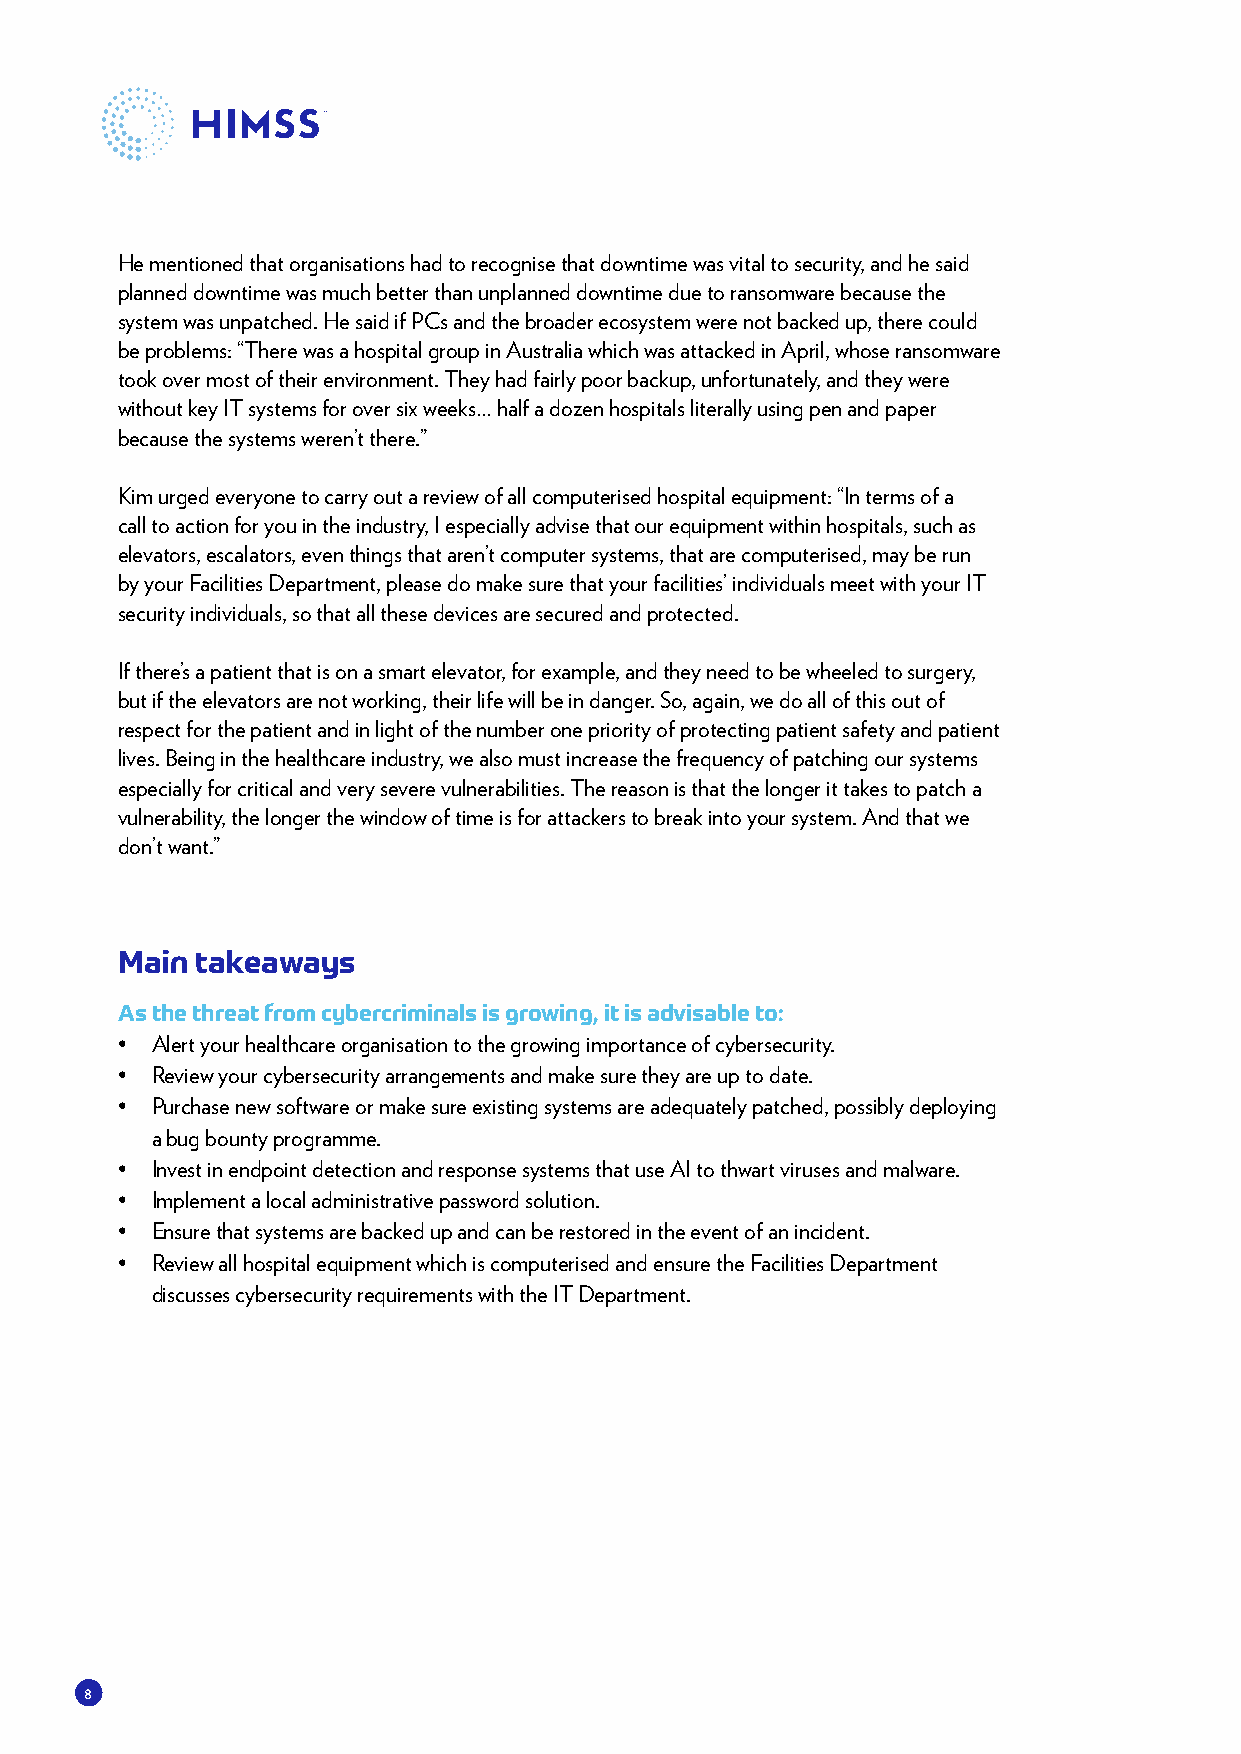
He mentioned that organisations had to recognise that downtime was vital to security, and he said
 planned downtime was much better than unplanned downtime due to ransomware because the
 system was unpatched. He said if PCs and the broader ecosystem were not backed up, there could
 be problems: “There was a hospital group in Australia which was attacked in April, whose ransomware
 took over most of their environment. They had fairly poor backup, unfortunately, and they were
 without key IT systems for over six weeks… half a dozen hospitals literally using pen and paper
 because the systems weren’t there.”
 Kim urged everyone to carry out a review of all computerised hospital equipment: “In terms of a
 call to action for you in the industry, I especially advise that our equipment within hospitals, such as
 elevators, escalators, even things that aren’t computer systems, that are computerised, may be run
 by your Facilities Department, please do make sure that your facilities’ individuals meet with your IT
 security individuals, so that all these devices are secured and protected.
 If there’s a patient that is on a smart elevator, for example, and they need to be wheeled to surgery,
 but if the elevators are not working, their life will be in danger. So, again, we do all of this out of
 respect for the patient and in light of the number one priority of protecting patient safety and patient
 lives. Being in the healthcare industry, we also must increase the frequency of patching our systems
 especially for critical and very severe vulnerabilities. The reason is that the longer it takes to patch a
 vulnerability, the longer the window of time is for attackers to break into your system. And that we
 don’t want.”
 Main takeaways
 As the threat from cybercriminals is growing, it is advisable to:
 • Alert your healthcare organisation to the growing importance of cybersecurity.
 • Review your cybersecurity arrangements and make sure they are up to date.
 • Purchase new software or make sure existing systems are adequately patched, possibly deploying
 a bug bounty programme.
 • Invest in endpoint detection and response systems that use AI to thwart viruses and malware.
 • Implement a local administrative password solution.
 • Ensure that systems are backed up and can be restored in the event of an incident.
 • Review all hospital equipment which is computerised and ensure the Facilities Department
 discusses cybersecurity requirements with the IT Department.
 8